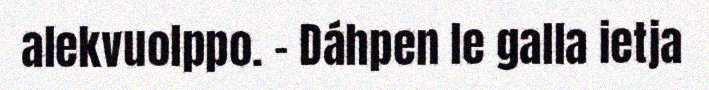
alekvuolppo. – Dáhpen le galla ietja